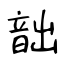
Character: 韷